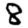
Digit: 8